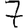
Digit: 7